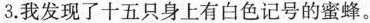
3.我发现了十五只身上有白色记号的蜜蜂。